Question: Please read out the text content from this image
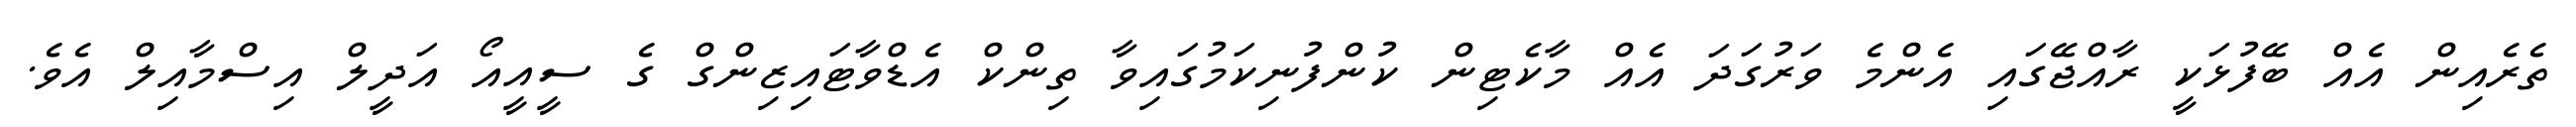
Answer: ތެރެއިން އެއް ބޭފުޅަކީ ރާއްޖޭގައި އެންމެ ވަރުގަދަ އެއް މާކެޓިން ކުންފުނިކަމުގައިވާ ތިންކް އެޑްވާޓައިޒިންގް ގެ ސީއީއޯ އަދީލް އިސްމާއިލް އެވެ.